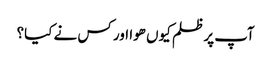
آپ پر ظلم کیوں ھوا اور کس نے کیا؟